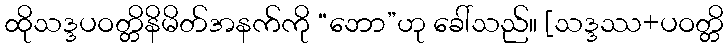
ထိုသဒ္ဒပဝတ္တိနိမိတ်အနက်ကို “ဘော”ဟု ခေါ်သည်။ [သဒ္ဒဿ+ပဝတ္တိ